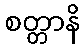
စတ္တာနိ